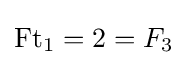
\operatorname {Ft} _{1}=2=F_{3}